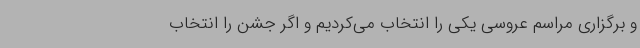
و برگزاری مراسم عروسی یکی را انتخاب می‌کردیم و اگر جشن را انتخاب